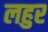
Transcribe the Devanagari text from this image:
लहुर